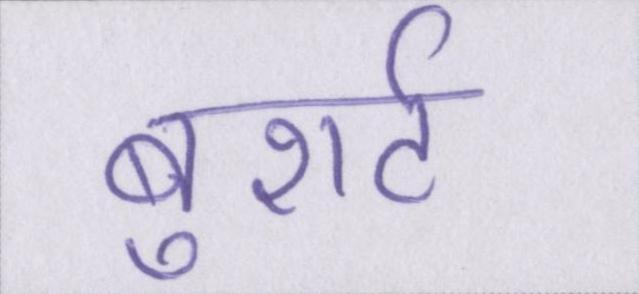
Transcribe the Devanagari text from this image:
बुशर्ट